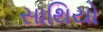
સાથિયો